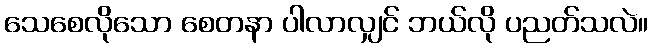
သေစေလိုသော စေတနာ ပါလာလျှင် ဘယ်လို ပညတ်သလဲ။